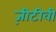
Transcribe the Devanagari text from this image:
ज़ीटीवी